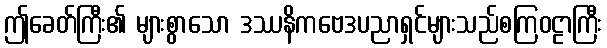
ဤခေတ်ကြီး၏ များစွာသော ဒဿနိကဗေဒပညာရှင်များသည်စကြဝဠာကြီး